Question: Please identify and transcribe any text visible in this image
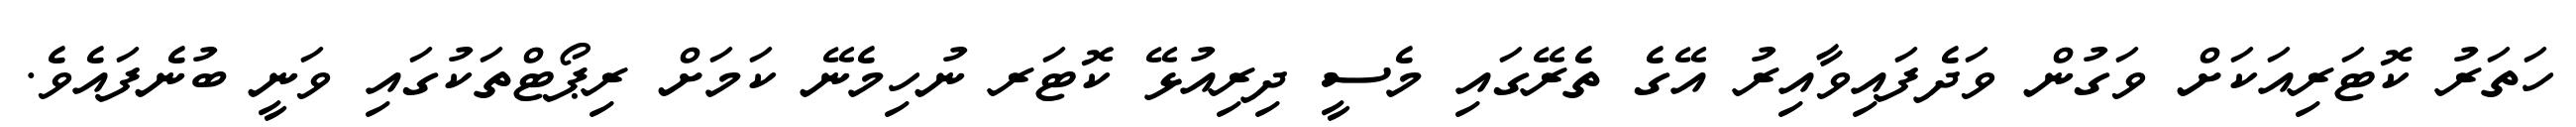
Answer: ހަތަރު ކޮޓަރިއަކަށް ވަގުން ވަދެފައިވާއިރު އޭގެ ތެރޭގައި މެސީ ދިރިއުޅޭ ކޮޓަރ ނުހިމެނޭ ކަމަށް ރިޕޯޓްތަކުގައި ވަނީ ބުނެފައެވެ.